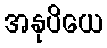
အနုပိယေ